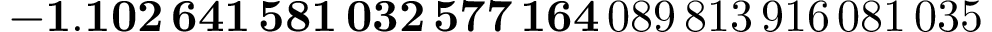
\mathbf { - 1 . 1 0 2 \, 6 4 1 \, 5 8 1 \, 0 3 2 \, 5 7 7 \, 1 6 4 } \, 0 8 9 \, 8 1 3 \, 9 1 6 \, 0 8 1 \, 0 3 5